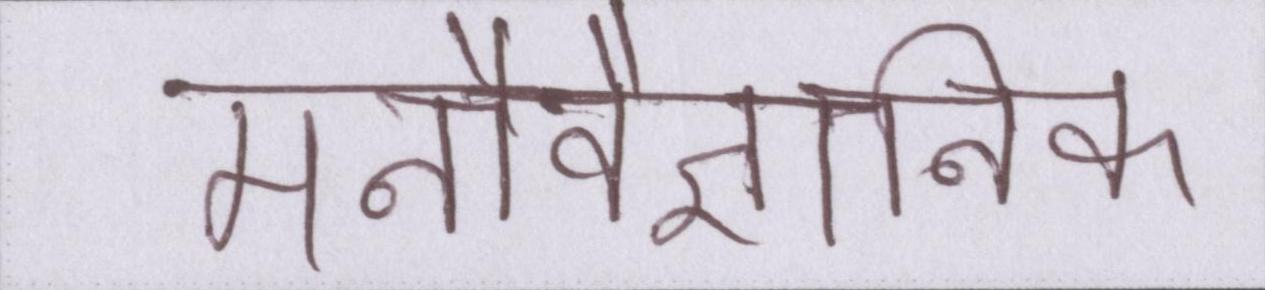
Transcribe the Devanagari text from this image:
मनोवैज्ञानिक